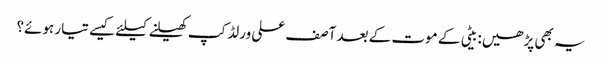
یہ بھی پڑھیں: بیٹی کے موت کے بعد آصف علی ورلڈکپ کھیلنے کیلئے کیسے تیار ہوئے؟